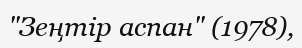
"Зеңтір аспан" (1978),